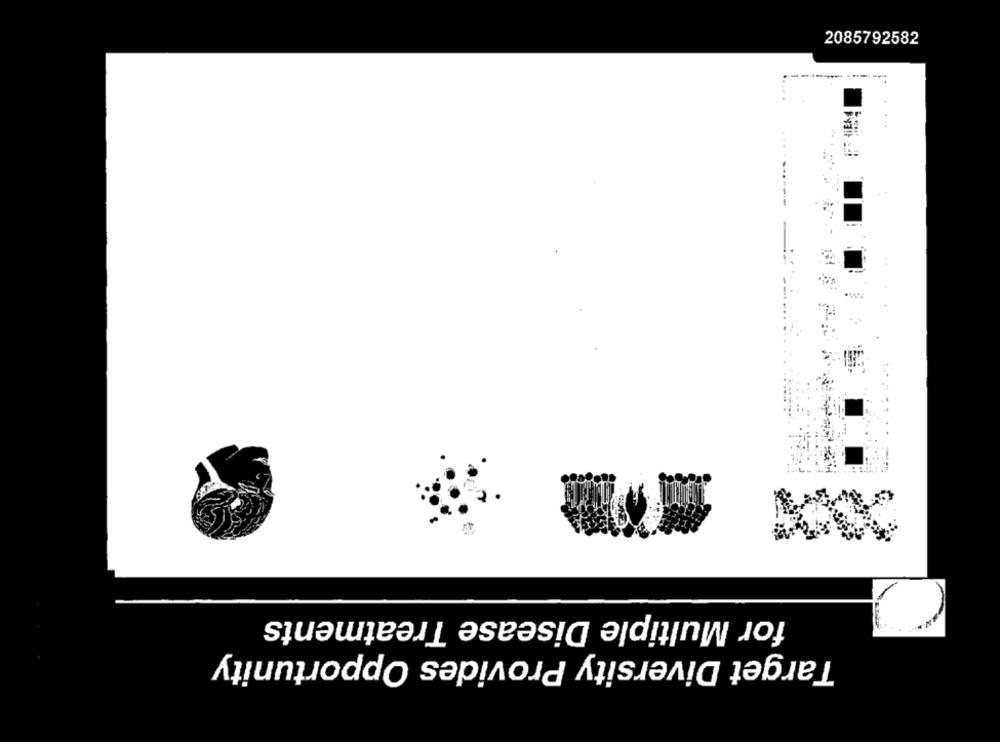
2085792582
------------
for Multiple Disease Treatments
Target Diversity Provides Opportunity